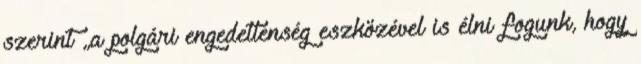
szerint „a polgári engedetlenség eszközével is élni fogunk, hogy